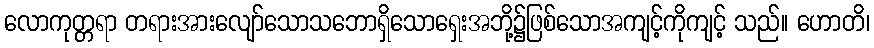
လောကုတ္တရာ တရားအားလျော်သောသဘောရှိသောရှေးအဘို့၌ဖြစ်သောအကျင့်ကိုကျင့် သည်။ ဟောတိ၊